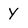
Character: y